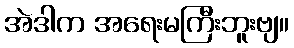
အဲဒါက အရေးမကြီးဘူးဗျ။